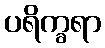
ပရိက္ခရာ